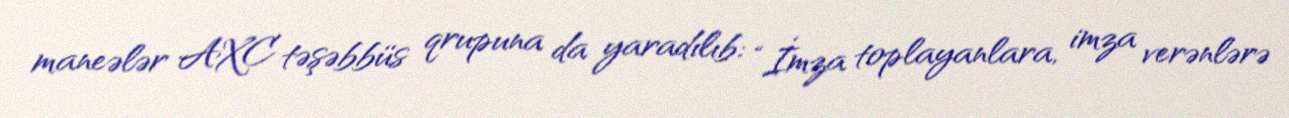
maneələr AXC təşəbbüs qrupuna da yaradılıb: “İmza toplayanlara, imza verənlərə